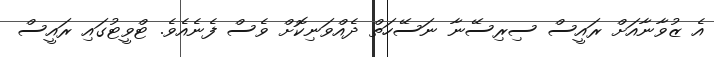
އެ ޒުވާނާއަށް ރައީސް ސިރިސޭނާ ނަސޭހަތް ދެއްވަނިކޮށް ވެސް ފެނެއެވެ. ޓްވީޓުގައި ރައީސް